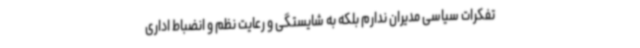
تفکرات سیاسی مدیران ندارم بلکه به شایستگی و رعایت نظم و انضباط اداری